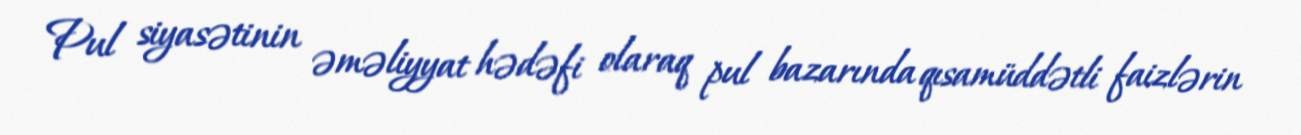
Pul siyasətinin əməliyyat hədəfi olaraq pul bazarında qısamüddətli faizlərin